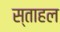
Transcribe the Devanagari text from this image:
स्ताहल